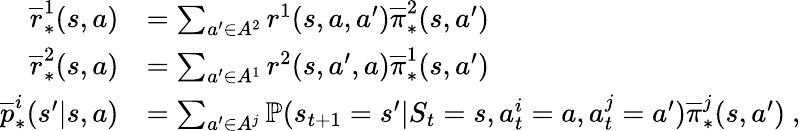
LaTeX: \begin{array}{rl}{\overline{{r}}_{*}^{1}(s,a)}&{=\sum_{a^{\prime}\in A^{2}}r^{1}(s,a,a^{\prime})\overline{{\pi}}_{*}^{2}(s,a^{\prime})}\\ {\overline{{r}}_{*}^{2}(s,a)}&{=\sum_{a^{\prime}\in A^{1}}r^{2}(s,a^{\prime},a)\overline{{\pi}}_{*}^{1}(s,a^{\prime})}\\ {\overline{{p}}_{*}^{i}(s^{\prime}|s,a)}&{=\sum_{a^{\prime}\in A^{j}}\mathbb P(s_{t+1}=s^{\prime}|S_{t}=s,a_{t}^{i}=a,a_{t}^{j}=a^{\prime})\overline{{\pi}}_{*}^{j}(s,a^{\prime})\ ,}\end{array}